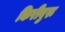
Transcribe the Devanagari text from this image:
किरीबुरू